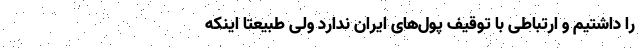
را داشتیم و ارتباطی با توقیف پول‌های ایران ندارد ولی طبیعتاً اینکه